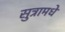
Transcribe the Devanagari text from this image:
सुत्रामधे